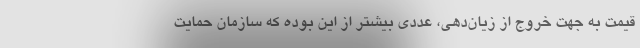
قیمت به جهت خروج از زیان‌دهی، عددی بیشتر از این بوده که سازمان حمایت